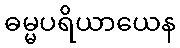
ဓမ္မပရိယာယေန